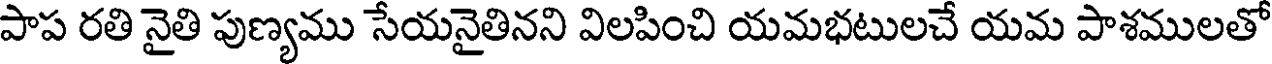
పాప రతి నైతి పుణ్యము సేయనైతినని విలపించి యమభటులచే యమ పాశములతో